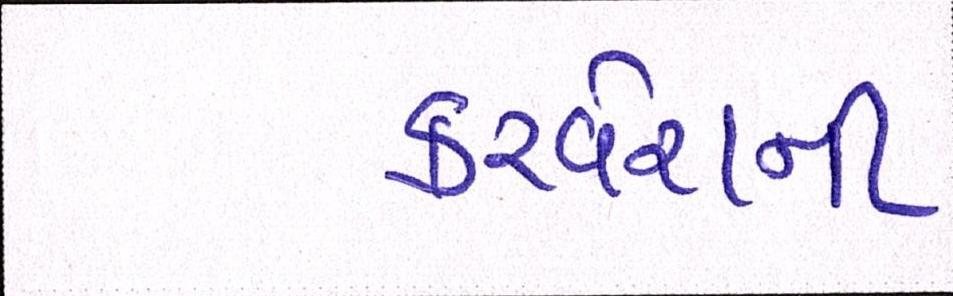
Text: કરવેરાની